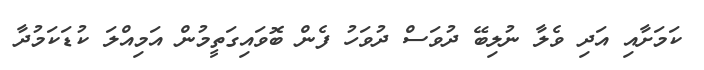
ކަމަށާއި އަދި ވެލާ ނުލިބޭ ދުވަސް ދުވަހު ފެން ބޮވައިގަތީމުން އަމިއްލަ ކުޑަކަމުދާ